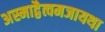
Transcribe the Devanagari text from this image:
अस्माद्वैत्वमजायथा